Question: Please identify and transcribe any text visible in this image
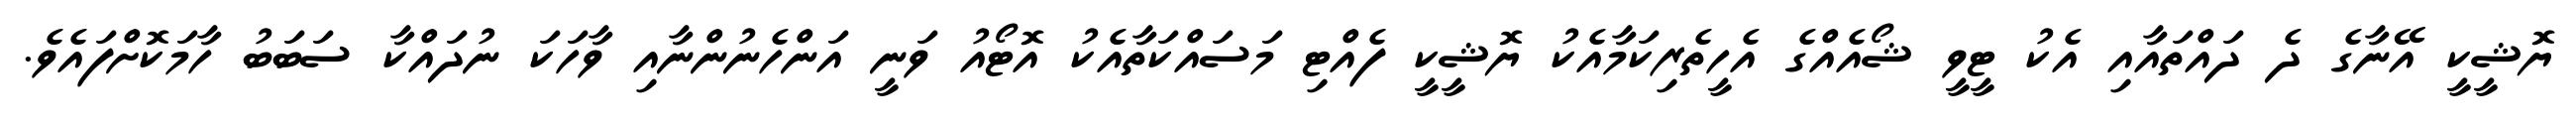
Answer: ޔޮޝީކީ އޭނާގެ ދެ ދައްތައާއި އެކު ޓީވީ ޝޯއެއްގެ އެހީތެރިކަމާއެކު ޔޮޝީކީ ފެއްޓި މަސައްކަތާއެކު އޮޓޯއު ވަނީ އަންހެނުންނާއި ވާހަކަ ނުދައްކާ ސަބަބު ހާމަކޮށްފައެވެ.